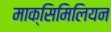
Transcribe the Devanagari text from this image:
माक्सिमिलियन